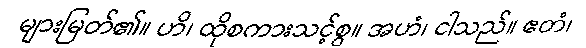
များမြတ်၏။ ဟိ၊ ထိုစကားသင့်စွ။ အဟံ၊ ငါသည်။ ဧတံ၊